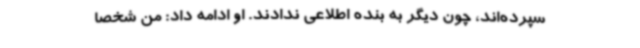
سپرده‌اند، چون دیگر به بنده اطلاعی ندادند. او ادامه داد: من شخصاً